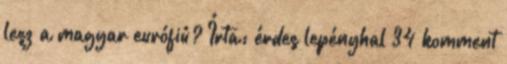
lesz a magyar eurófiú? Írta: érdes lepényhal 34 komment